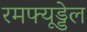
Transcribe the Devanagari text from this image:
रमफ्यूड्डेल